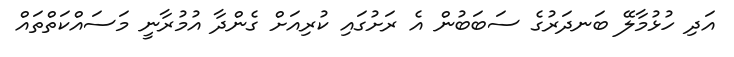
އަދި ހުޅުމާލޭ ބަނދަރުގެ ސަބަބުން އެ ރަށުގައި ކުރިއަށް ގެންދާ އުމުރާނީ މަސައްކަތްތައް